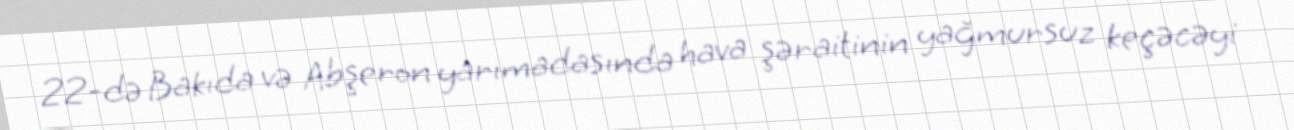
22-də Bakıda və Abşeron yarımadasında hava şəraitinin yağmursuz keçəcəyi